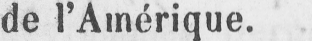
de l’Amérique.